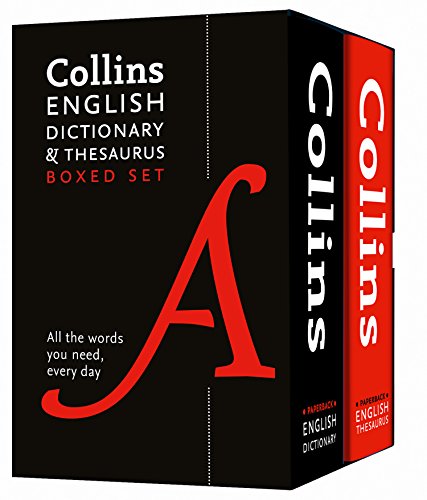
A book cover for Collins English Paperback Dictionary and Thesaurus Set; Collins Dictionaries; Reference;